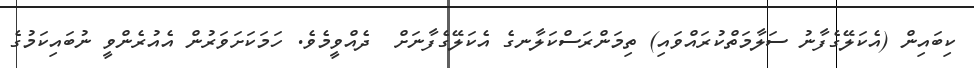
ކިބައިން (އެކަލޭގެފާނު ސަލާމަތްކުރައްވައި) ތިމަންރަސްކަލާނގެ އެކަލޭގެފާނަށް  ދެއްވީމެވެ. ހަމަކަށަވަރުން އެއުރެންވީ ނުބައިކަމުގެ